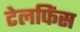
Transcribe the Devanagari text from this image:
टेलफिंस